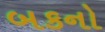
બકનો